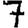
Digit: 7